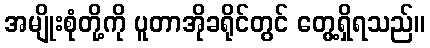
အမျိုးစုံတို့ကို ပူတာအိုခရိုင်တွင် တွေ့ရှိရသည်။